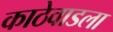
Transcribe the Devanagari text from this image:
काठेवाडला